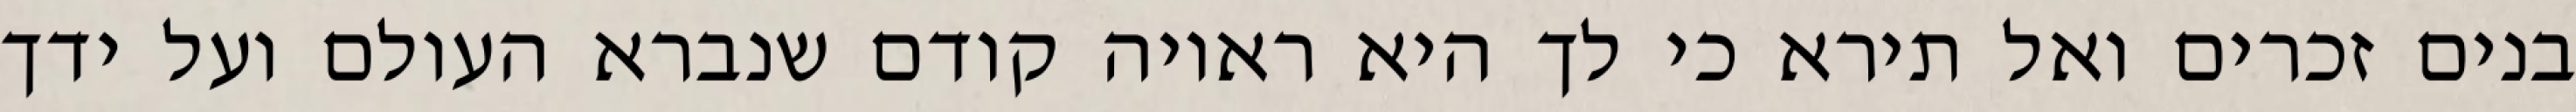
בנים זכרים ואל תירא כי לך היא ראויה קודם שנברא העולם ועל ידך